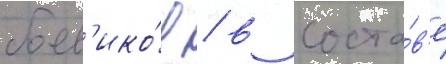
боев'ико́в / в соста́в'е